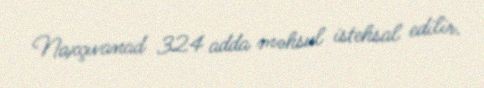
Naxçıvanad 324 adda məhsul istehsal edilir.